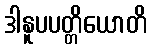
ဒါနူပပတ္တိယောတိ